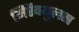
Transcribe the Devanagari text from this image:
मिरैक्युलस